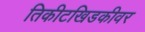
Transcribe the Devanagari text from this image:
तिकीटखिडकीवर